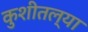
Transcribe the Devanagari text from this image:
कुशीतल्या